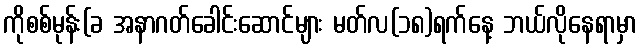
ကိုစစ်မုန်း(ခ အနာဂတ်ခေါင်းဆောင်များ မတ်လ(၁၈)ရက်နေ့ ဘယ်လိုနေရာမှာ